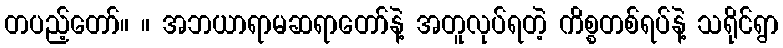
တပည့်တော်။ ။ အဘယာရာမဆရာတော်နဲ့ အတူလုပ်ရတဲ့ ကိစ္စတစ်ရပ်နဲ့ သရိုင်ရွာ